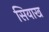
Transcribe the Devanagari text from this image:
सियाख